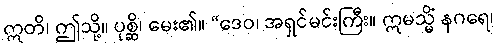
ဣတိ၊ ဤသို့။ ပုစ္ဆိ၊ မေး၏။ “ဒေဝ၊ အရှင်မင်းကြီး။ ဣမသ္မိံ နဂရေ၊